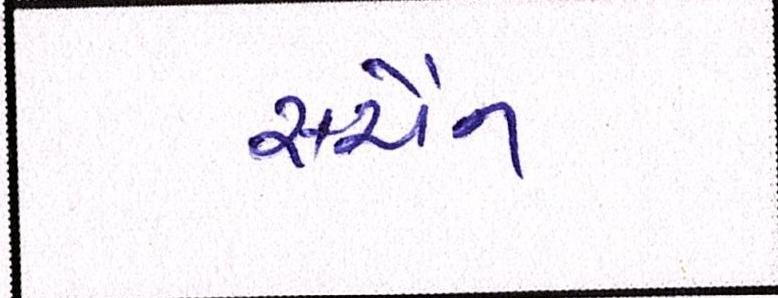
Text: સ્ચૈન